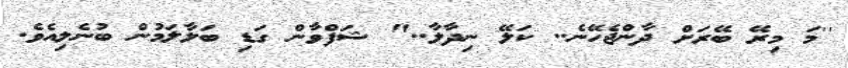
''މަ މިރޭ ބޭރަށް ދާންޖެހޭނެ.. ކަލޭ ނިދާލާ.." ޝަފްވާން ގަޑި ބަލާލަމުން ބުނެލިއެވެ.